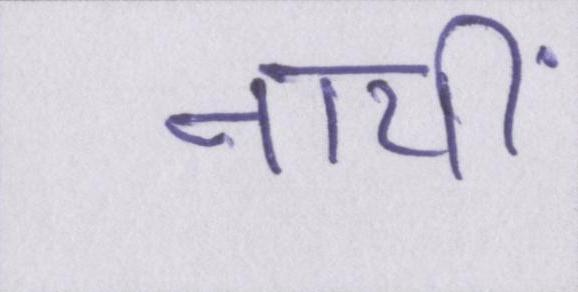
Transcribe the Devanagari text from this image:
नायीं